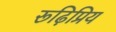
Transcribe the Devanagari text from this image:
रूढ़िप्रिय